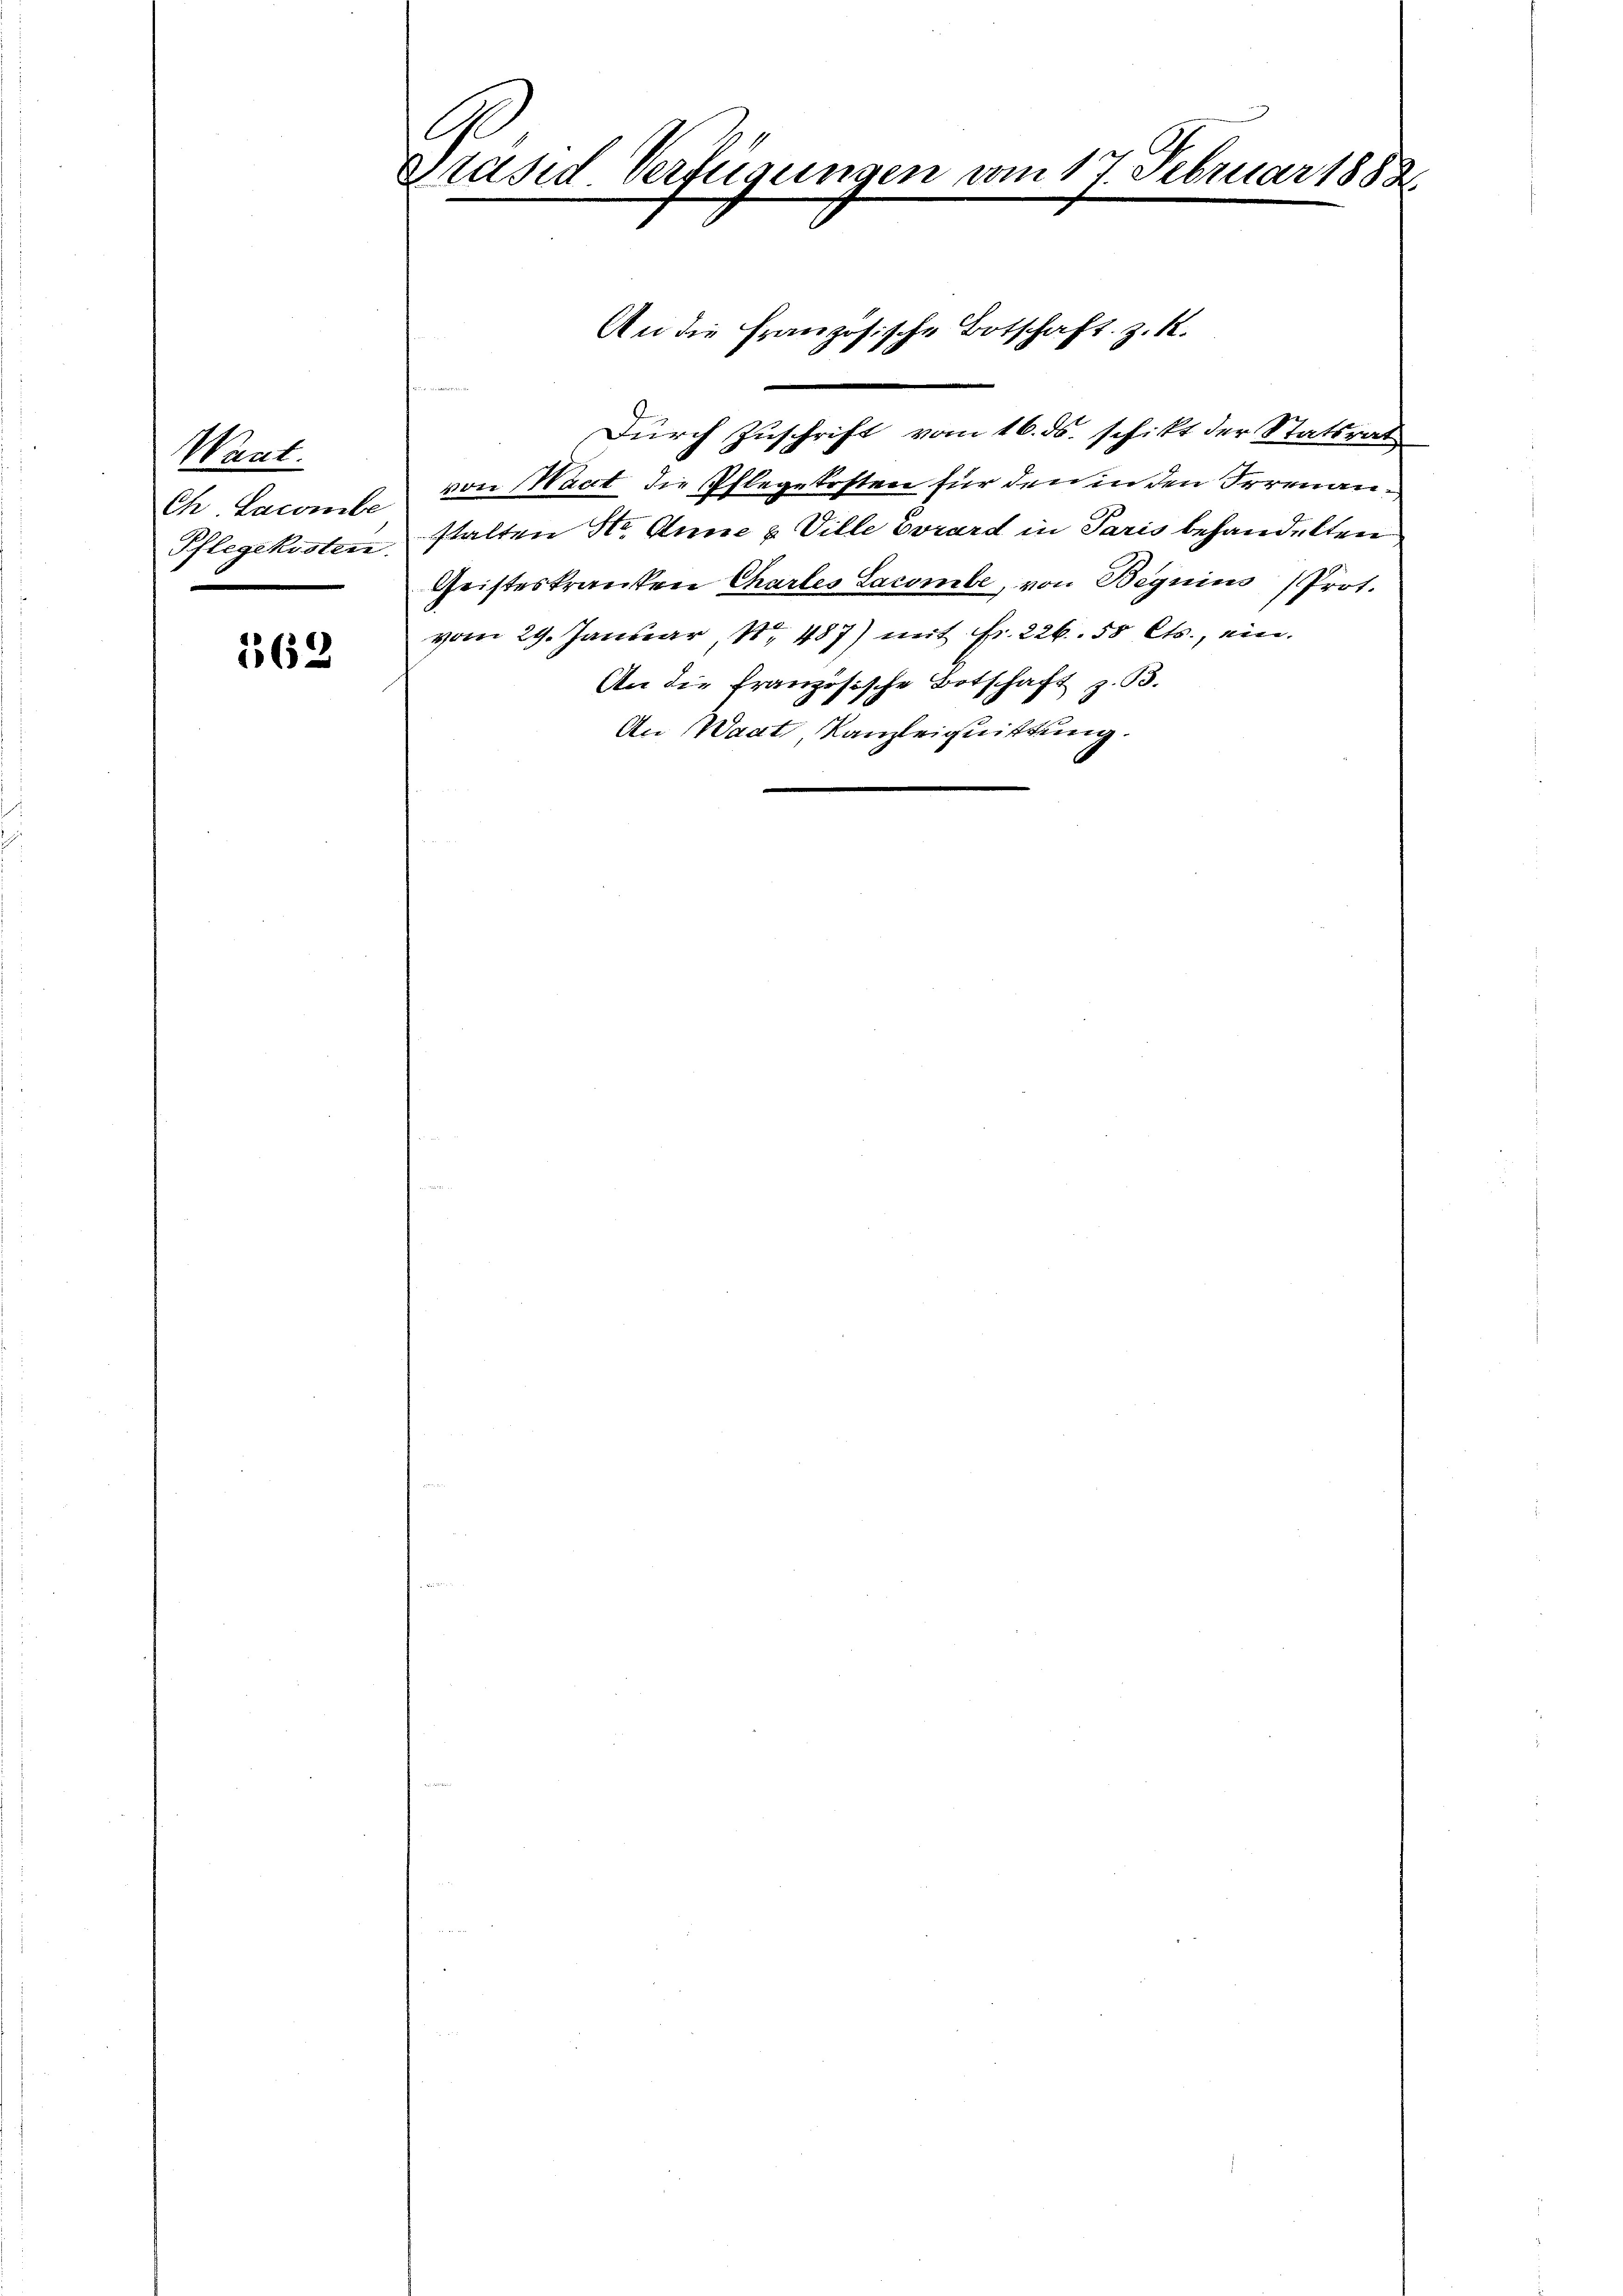
Want.
Ch. Lacombe

362

G
präsid Verfügungen vom 17. Februar 1888
.

An die Französische Botschaft z. K.

d
Durch Zuschrift vom 16. ds. schikt der Statsrat
von Mart die Pflegekosten für den in den Irrenan¬
Pflegekosten, stalten Str. Anne & Ville Evrard in Paris behandelten
Geisteskranken Chartes Lacombe, von Beguius (Prot.
vom 29. Januar 18. 487) mit Fr. 226. 50 Cts., ein
An die französische Botschaft z. B.
An Waat, Kanzleignittung.